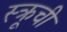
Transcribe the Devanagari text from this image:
स्क्रूची